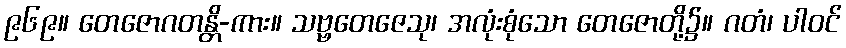
၉၆၉။ တေဇောဂတန္တိ-ကား။ သဗ္ဗတေဇေသု၊ အလုံးစုံသော တေဇောတို့၌။ ဂတံ၊ ပါဝင်